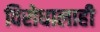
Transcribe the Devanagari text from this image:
विरोधालाही